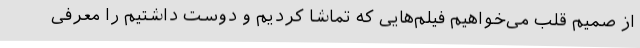
از صمیم قلب می‌خواهیم فیلم‌هایی که تماشا کردیم و دوست داشتیم را معرفی